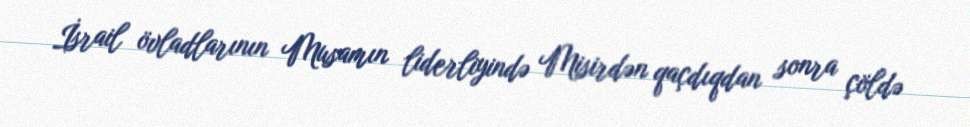
İsrail övladlarının Musamın liderliyində Misirdən qaçdıqdan sonra çöldə